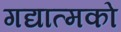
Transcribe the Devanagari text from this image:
गद्यात्‍मको